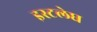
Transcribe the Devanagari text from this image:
इस्टलेघ